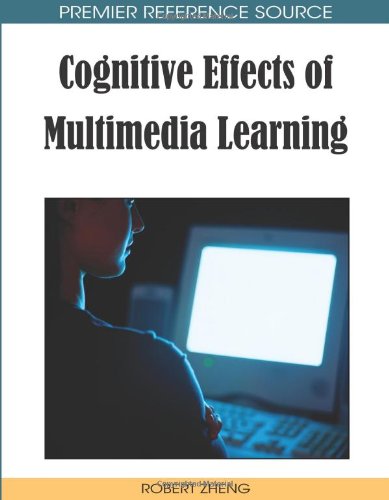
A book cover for Cognitive Effects of Multimedia Learning (Premier Reference Source); Robert Zheng; Education & Teaching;